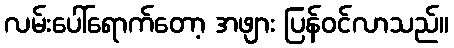
လမ်းပေါ်ရောက်တော့ အဖျား ပြန်ဝင်လာသည်။